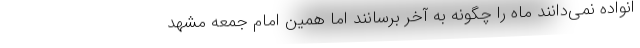
انواده‌ نمی‌دانند ماه را چگونه به آخر برسانند اما همین امام جمعه مشهد